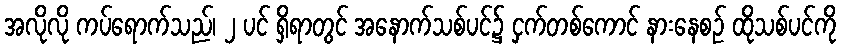
အလိုလို ကပ်ရောက်သည်၊ ၂ ပင် ရှိရာတွင် အနောက်သစ်ပင်၌ ငှက်တစ်ကောင် နားနေစဉ် ထိုသစ်ပင်ကို